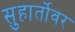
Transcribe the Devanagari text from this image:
सुहार्तोवर